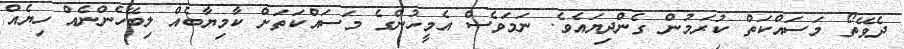
ދެވޭތޯ މަސައްކަތް ކުރަމުން ގެންދިޔައެވެ. ނަމަވެސް އެމީހުންގެ މަސައްކަތަށް ކާމިޔާބެއް ލިބޭހެންނެއް ހިޔެއް